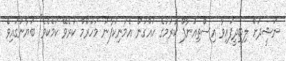
ނަޝީދަށް ލިބިދީފައިވާ އިސްތިއުނާފް ކުރުމުގެ ހައްގުން އެމަނިކުފާނު މަހުރޫމް ކުރެވޭ ކަމެކެވެ" ބަޔާނުގައިވެ